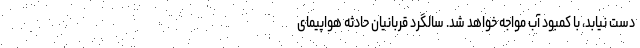
دست نیابد، با کمبود آب مواجه خواهد شد. سالگرد قربانیان حادثه هواپیمای